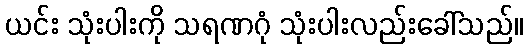
ယင်း သုံးပါးကို သရဏဂုံ သုံးပါးလည်းခေါ်သည်။